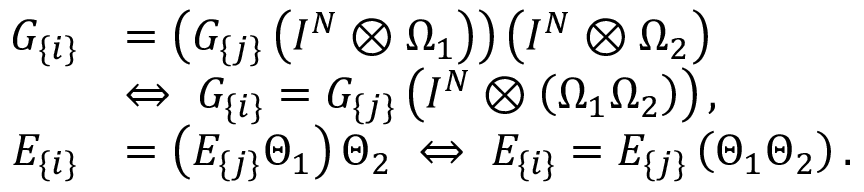
\begin{array} { r l } { G _ { \{ i \} } } & { = \left( G _ { \{ j \} } \left( I ^ { N } \otimes \Omega _ { 1 } \right) \right) \left( I ^ { N } \otimes \Omega _ { 2 } \right) } \\ & { \Leftrightarrow \; G _ { \{ i \} } = G _ { \{ j \} } \left( I ^ { N } \otimes \left( \Omega _ { 1 } \Omega _ { 2 } \right) \right) , } \\ { E _ { \{ i \} } } & { = \left( E _ { \{ j \} } \Theta _ { 1 } \right) \Theta _ { 2 } \; \Leftrightarrow \; E _ { \{ i \} } = E _ { \{ j \} } \left( \Theta _ { 1 } \Theta _ { 2 } \right) . } \end{array}